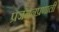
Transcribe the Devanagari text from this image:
प्रजननप्रणाली